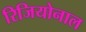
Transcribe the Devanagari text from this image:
रिजियोनाल